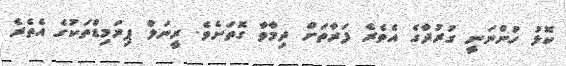
ކޮޅު ހުންނަނީ ގުރުދާގެ އެތެރެ ފަރާތަށް ދިމާވާ ގޮތަށެވެ. ރީނަލް ޕިރަމިޑްތަކުގެ އެތެރެ